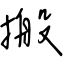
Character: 搬